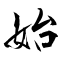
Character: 始